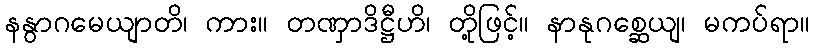
နနွာဂမေယျာတိ၊ ကား။ တဏှာဒိဋ္ဌီဟိ၊ တို့ဖြင့်။ နာနုဂစ္ဆေယျ၊ မကပ်ရာ။